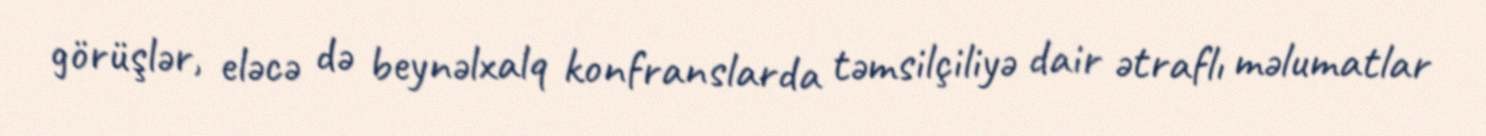
görüşlər, eləcə də beynəlxalq konfranslarda təmsilçiliyə dair ətraflı məlumatlar